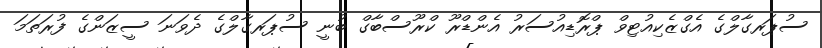
ސުޕަރގާލްގެ އެގްޒެކިއުޓިވް ޕްރޮޑިއުސަރު އެންޑްރޫ ކްރޫސްބާގް ބުނީ ސުޕަރގާލްގެ ދެވަަނަ ސީޒަންގެ ފުރަތަމަ